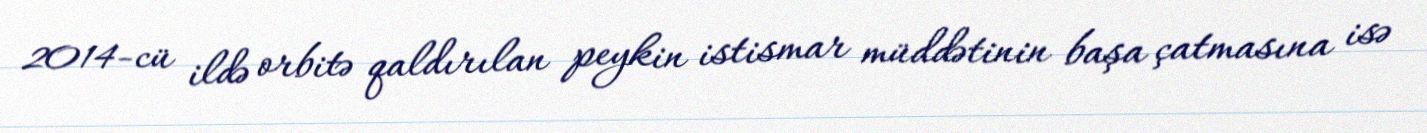
2014-cü ildə orbitə qaldırılan peykin istismar müddətinin başa çatmasına isə